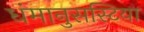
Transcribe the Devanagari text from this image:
धंमानुसस्टिया